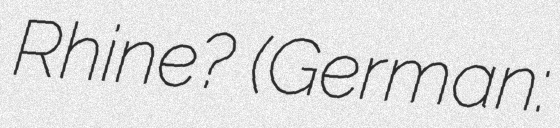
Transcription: Rhine? (German: